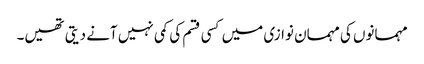
مہمانوں کی مہمان نوازی میں کسی قسم کی کمی نہیں آنے دیتی تھیں۔